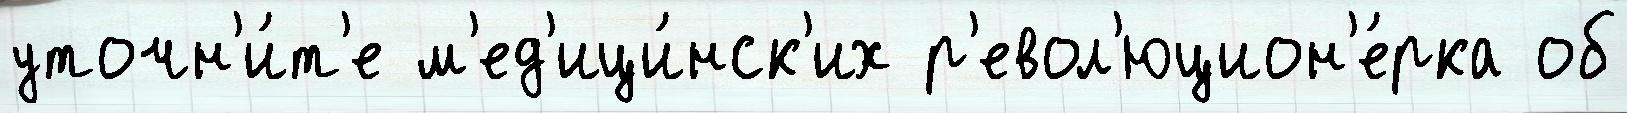
уточн'и́т'е м'ед'ици́нск'их р'евол'юцион'е́рка об